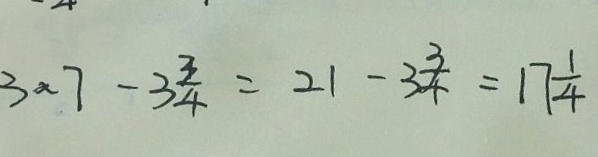
3 \times 7 - 3 \frac { 3 } { 4 } = 2 1 - 3 \frac { 3 } { 4 } = 1 7 \frac { 1 } { 4 }